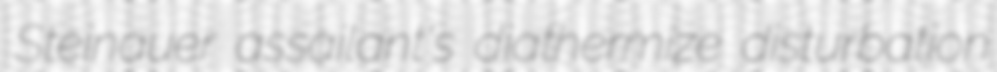
Steinauer assailant's diathermize disturbation